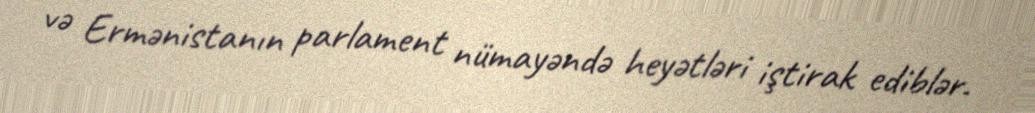
və Ermənistanın parlament nümayəndə heyətləri iştirak ediblər.